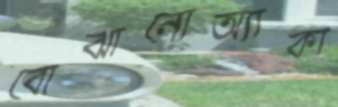
বোঝানোঅ্যাকা